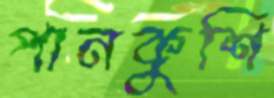
পানকুশি